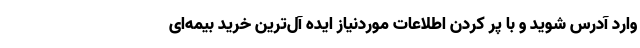
وارد آدرس شوید و با پر کردن اطلاعات موردنیاز ایده آل‌ترین خرید بیمه‌ای